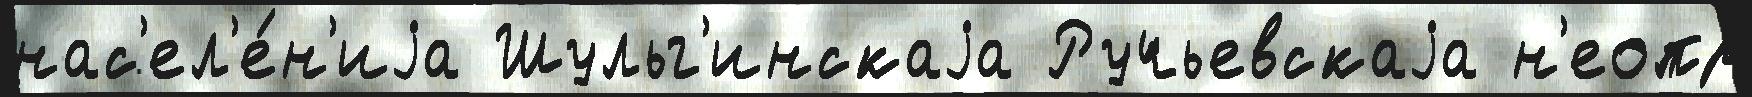
нас'ел'е́н'иjа Шульг'инскаjа Ручьевскаjа н'еопр